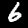
Digit: 6